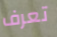
تعرف